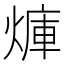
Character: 𪹜